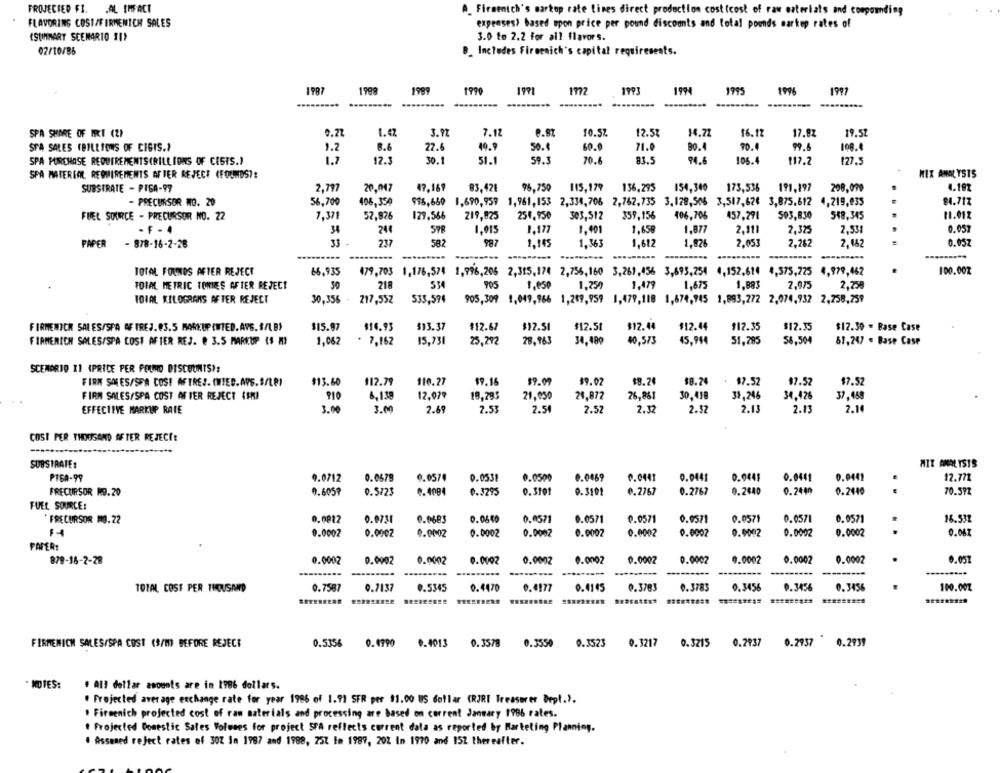
FROJECIED FI. . AL IMFACI
A_ Firmenich's markop rate lines direct production cost (cost of raw materials and compounding
FLAVORING COST/FIRMENICH SALES
expenses> based upon price per pound discounts and total pounds markup rates of
(SUMMARY SCENARIO 11)
3.0 to 2.2 for all flavors.
02/10/85
Includes Firmenich's capital requirements.
1987
1998
1999
1990
1971
1772
1993
1994
1995
1996
1997
7.12
0.87
SPA SHARE OF IRI (Z)
1.2
3.72
10.52
12.5%
14.72
16.12
17.82
19.52
SFA SALES (BILLIONS OF CIGTS .?
1.2
B.
27.6
49.9
50.4
60.0
71.0
BO.4
70.4
99.6
109.4
SPA PURCHASE REQUIREMENTS(BILLIONS OF CISTS.)
1.7
12.3
30.1
51.1
59.3
70.4
83.5
94.6
106.4
117.2
127.5
SPA MATERIAL REQUIREMENTS AFTER REJECT (FOUNDS ?!
MIX ANALYSTS
SUBSTRATE - PISA-99
2,797
20,047
17,169
83,421
96,750 115,179 136,295 154,340 173,536
191,197 208,099
4.187
- PRECURSOR NO. 20
56,700
408,354
918,650 1,690,959 1,961,153 2,334,706 2,767,735 3,128,506 3,517,62€ 3,875.612 4,219,035
84.717
FUEL SOURCE - PRECURSOR NO. 22
7,371
52,876
129,566
219,825
251.950
303,512
359,156
406,705
457,291
503,830
548,345
11.012
- F - 4
34
24€
598
1,015
1.177
1,491
1,658
1,877
2,111
2,325
2,531
0.057
PAPER
- 878-16-2-28
33 -
237
582
987
1,145
1,363
1,612
1,826
2.053
2,262
2,162
0.05Z
.....
TOTAL FOUNNOS AFTER REJECT
16,935
479,703
1,176,574 1,996,206 2,315,174 2,756,160 3,261,456 3,693,254 4,152,614 4,575,225 4,979,462
100.002
FOIAL METRIC TOMIES AFTER REJECT
30
218
534
1.050
1,250
1,479
1,675
1,883
2.075
2,258
IDIAL KILOGRAMS AFTER REJECT
30,356 . 217,55Z
533,594
905,309 1,049,966 1,269,959 1,479,118 1,674,945 1,893,272 2,074,932 2,258,759
FIRMENICH SALES/SPA AF IREJ.83.5 MARKUP(WIED.AVS. 8/LB)
$15.97
$16.93
$13.37
$12.67
$12.51
#12.51
$12.44
$12.44
$12.35
$17.35
$12.30 = Base Case
FIRMENICH SALES/SPA COSI AFTER REJ. @ 3.5 MARKUP ($ M
1,062
15,731
78,963
34,489
40,573
45,944
56,504
* 7,162
25,292
51,285
67,247 . Base Case
SCENARIO 11 (PRICE PER PRIMO DISCOUNTS):
FIRM SALES/SPA COSI AFTRES. (WIED.AVS.S/LP)
$13.60
112.79
110.27
$9.16
$9.09
$9.02
$8.24
18.24
$7.52
$7.52
$7.52
FIRM SALES/SPA COST AFTER REJECT 4SHI
6,138
12.079
26,861
19,293
21.050
24,872
30,418
39,246
34,426
37,458
EFFECTIVE MARKUP RATE
3.00
3.00
2.69
7.53
2.54
2.52
2.32
2.32
2.13
2.13
2.14
COST PER THOUSAND AFTER REJECT!
SUBSTRATE:
MIX ANALYSIS
PISA-99
9.0712
0.0679
6.0570
0.0531
0.0500
0.0469
0.0441
0.0441
0.9441
0.0441
0.0441
12.771
FRECURSOR NO.20
0.605?
0.5/23
0.4084
0.3295
0.3101
0.3101
0.2767
0.2767
0.2440
0.2440
0.2440
..
70.597
FUEL SOURCE:
* PRECURSOR =0.22
0.0012
0.9731
0.0683
0.0640
0.0571
0.0571
0.0571
0.0571
0.0571
0.0571
18.532
0.0571
0.0002
0.0002
0.0002
0.0002
0.0002
0.0002
0.0002
0.0002
0.0002
0.0002
0.0002
0.062
PAPER:
879-16-2-28
0.0002
0.0902
0.0002
0.0002
0.0002
0.0002
0.0002
0.0002
9.0002
0.0002
0.0002
0.057
---------
0.7587
0.7137
0.5345
0.4470
0.4177
0.4145
0.3783
0.3783
0.3456
0.3456
0.3456
100.007
TOTAL COST PER THOUSAND
FIRMENICH SALES/SPA COST (9/m) BEFORE REJECT
0.5356
0.4990
0.4013
0.3578
0.3550
0.3523
0.3217
0.3215
0.2937 0.2937 0.2939
NOTES:
. All dollar amounts are in 1986 dollars.
. Projected average exchange rate for year 1986 of 1.91 SFR per $1.00 US dollar (RJRI Treasurer Dept.).
. Firmenich projected cost of raw materials and processing are based on corrent January 1996 rates.
· Projected Domestic Sales Volones for project STA reflects current data as reported by Marketing Planning.
. Assened reject rates of 307 In 1987 and 1988, 25Z le 1989, 202 in 1970 and 152 thereafter.